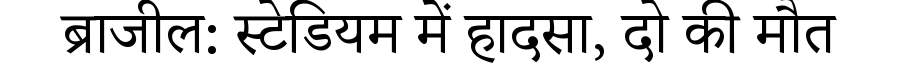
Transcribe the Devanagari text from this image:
ब्राजील: स्टेडियम में हादसा, दो की मौत